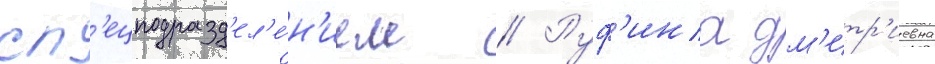
сп'ецподразд'ел'е́н'ием // Руф'ина дм'итр'иевна